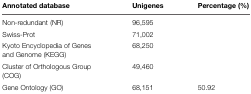
<table><thead><tr><td><b>Annotated database</b></td><td><b>Unigenes</b></td><td><b>Percentage (%)</b></td></tr></thead><tbody><tr><td>Non-redundant (NR)</td><td>96,595</td><td>[EMPTY_CELL]</td></tr><tr><td>Swiss-Prot</td><td>71,002</td><td>[EMPTY_CELL]</td></tr><tr><td>Kyoto Encyclopedia of Genes and Genome (KEGG)</td><td>68,250</td><td>[EMPTY_CELL]</td></tr><tr><td>Cluster of Orthologous Group (COG)</td><td>49,460</td><td>[EMPTY_CELL]</td></tr><tr><td>Gene Ontology (GO)</td><td>68,151</td><td>50.92</td></tr></tbody></table>